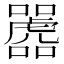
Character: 𫬲